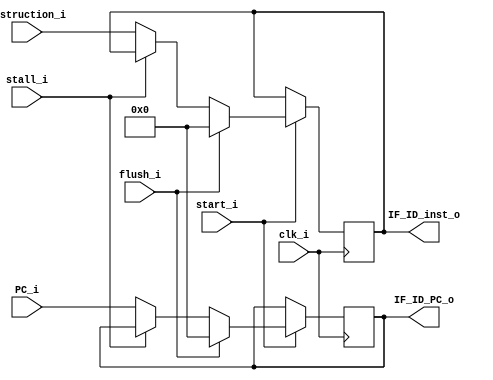
module IF_ID(
    input clk_i,
    input start_i,
    input stall_i,
    input flush_i,
    input [31:0] PC_i, // pc_w
    input [31:0] instruction_i,
    output [31:0] IF_ID_inst_o,
    output [31:0] IF_ID_PC_o
);

reg [31:0] IF_ID_inst_o;
reg [31:0] IF_ID_PC_o;

always @(posedge clk_i) begin
    if (start_i) begin
        if (!stall_i) begin
            IF_ID_PC_o <= PC_i;
            IF_ID_inst_o <= instruction_i;
        end
        if (flush_i) begin
            IF_ID_PC_o <= 32'b0;
            IF_ID_inst_o <= 32'b0;
        end
    end
end

endmodule